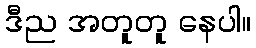
ဒီည အတူတူ နေပါ။